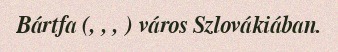
Bártfa (, , , ) város Szlovákiában.